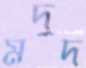
মদুদ